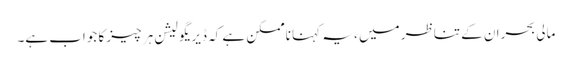
مالی بحران کے تناظر میں ، یہ کہنا ناممکن ہے کہ ڈیریگولیشن ہر چیز کا جواب ہے۔